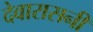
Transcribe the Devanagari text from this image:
देवारासनी